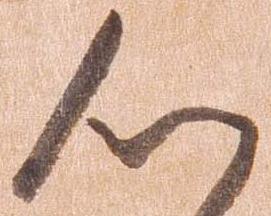
心